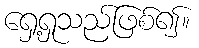
ရှေ့ရှုသည်ဖြစ်၍။